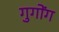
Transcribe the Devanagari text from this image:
गुगोंग